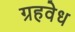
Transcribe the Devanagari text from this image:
ग्रहवेध